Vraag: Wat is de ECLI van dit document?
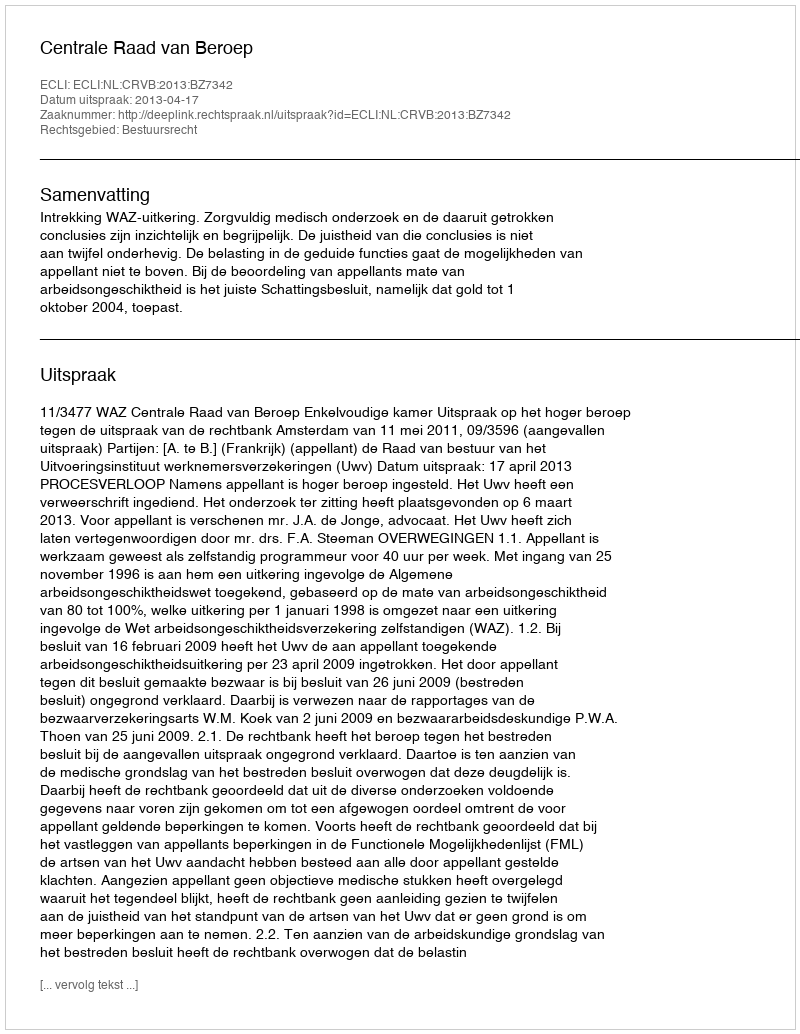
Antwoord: ECLI:NL:CRVB:2013:BZ7342